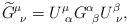
LaTeX: \begin{align*}\widetilde{G}_{\ \nu }^\mu =U_{\ \alpha }^\mu G_{\ \beta }^\alpha U_{\ \nu}^\beta ,\end{align*}